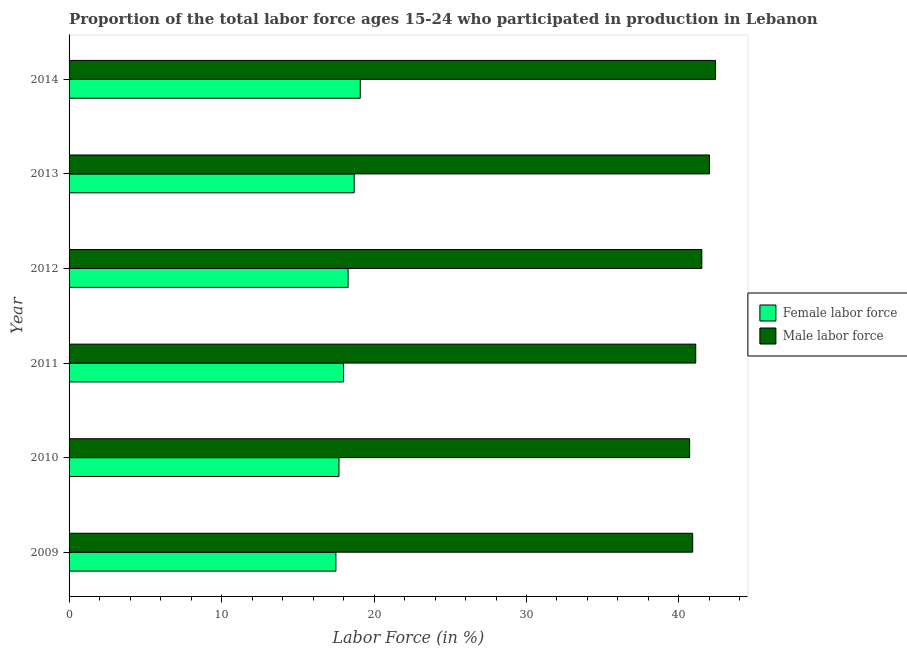
| Year | Female labor force | Male labor force |
 | --- | --- | --- |
 | 2009 | 17.5 | 40.9 |
 | 2010 | 17.7 | 40.7 |
 | 2011 | 18 | 41.1 |
 | 2012 | 18.3 | 41.5 |
 | 2013 | 18.7 | 42 |
 | 2014 | 19.1 | 42.4 |